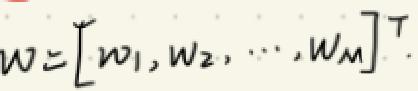
\[
w = [w_1, w_2, \cdots, w_M]^T.
\]